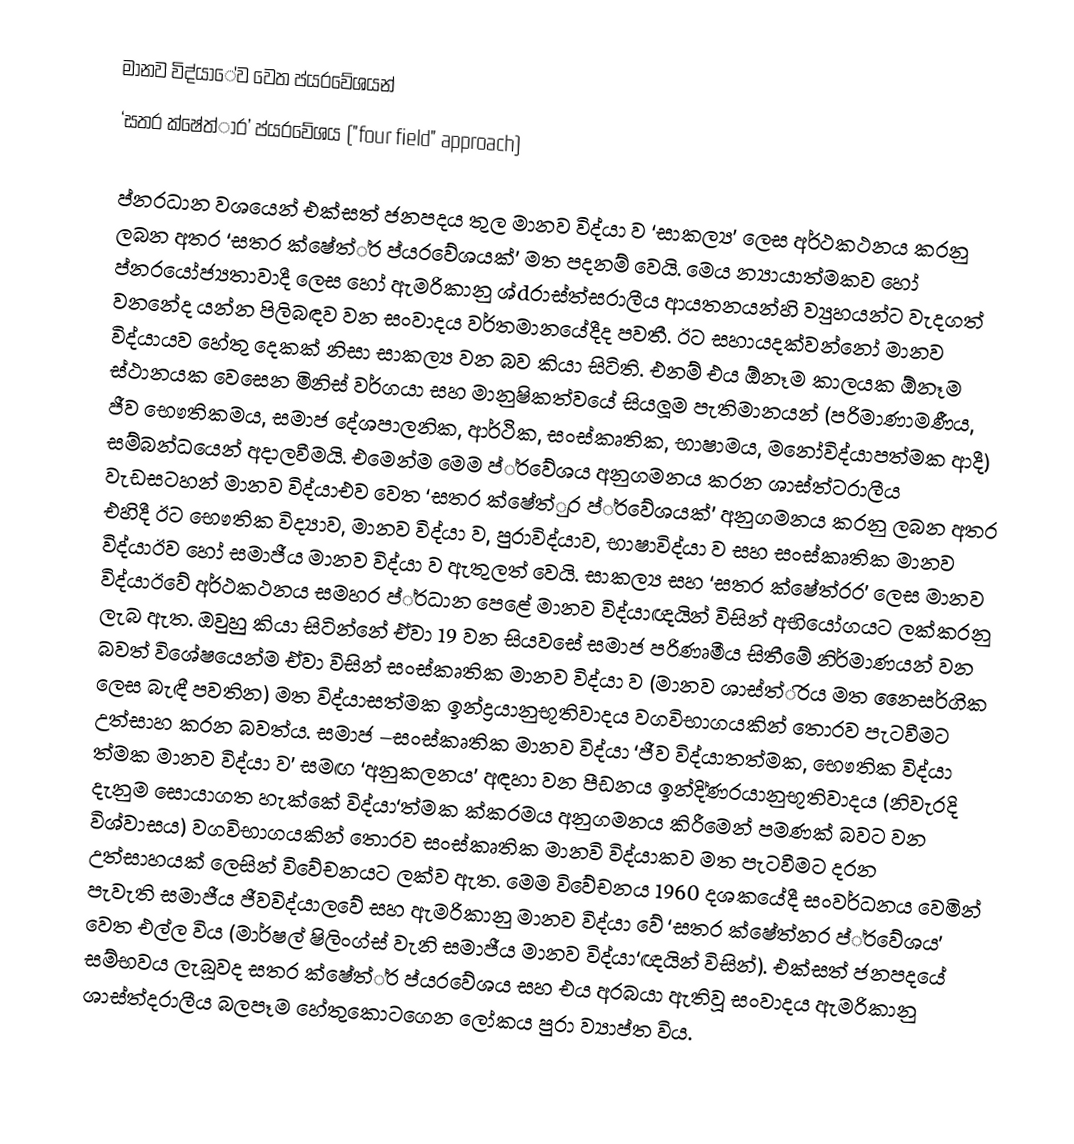
මානව විද්යාේව වෙත ප්ය‍රවේශයන්
‘සතර ක්ෂේත්ා‍ර’ ප්ය‍රවේශය ("four field" approach)

ප්න‍රධාන වශයෙන් එක්සත් ජනපදය තුල මානව විද්යා ව ‘සාකල්‍ය’ ලෙස අර්ථකථනය කරනු ලබන අතර ‘සතර ක්ෂේත්්‍ර ප්ය‍රවේශයක්’ මත පදනම් වෙයි. මෙය න්‍යායාත්මකව හෝ ප්න‍රයෝජ්‍යතාවාදී ලෙස හෝ ඇමරිකානු ශ්d‍රාස්ත්ස‍රාලීය ආයතනයන්හි ව්‍යුහයන්ට වැදගත් වනනේද යන්න පිලිබඳව වන සංවාදය වර්තමානයේදීද පවතී. ඊට සහායදක්වන්නෝ මානව විද්යායව හේතු දෙකක් නිසා සාකල්‍ය වන බව කියා සිටිති. එනම් එය  ඕනෑම කාලයක  ඕනෑම ස්ථානයක වෙසෙන මිනිස් වර්ගයා සහ මානුෂිකත්වයේ සියලූම පැතිමානයන් (පරිමාණාමණීය, ජීව භෞතිකමය, සමාජ දේශපාලනික, ආර්ථික, සංස්කෘතික, භාෂාමය, මනෝවිද්යාපත්මක ආදී) සම්බන්ධයෙන් අදාලවීමයි.  එමෙන්ම මෙම ප්්‍රවේශය අනුගමනය කරන ශාස්ත්ට‍රාලීය වැඩසටහන් මානව විද්යාඑව වෙත ‘සතර ක්ෂේත්ු‍ර ප්්‍රවේශයක්’ අනුගමනය කරනු ලබන අතර එහිදී ඊට භෞතික විද්‍යාව, මානව විද්යා ව, පුරාවිද්යා‍ව, භාෂාවිද්යා ව සහ සංස්කෘතික මානව විද්යාඊව හෝ සමාජීය මානව විද්යා ව ඇතුලත් වෙයි. සාකල්‍ය සහ ‘සතර ක්ෂේත්ර‍ර’ ලෙස මානව විද්යාඊවේ අර්ථකථනය සමහර ප්්‍රධාන පෙළේ මානව විද්යා‍ඥයින් විසින් අභියෝගයට ලක්කරනු ලැබ ඇත. ඔවුහු කියා සිටින්නේ ඒවා 19 වන සියවසේ සමාජ පරිණෘමීය සිතීමේ නිර්මාණයන් වන බවත් විශේෂයෙන්ම ඒවා විසින් සංස්කෘතික මානව විද්යා ව (මානව ශාස්ත්ි‍රය මත නෛසර්ගික ලෙස බැඳී පවතින) මත විද්යාසත්මක ඉන්ද්‍රයානුභූතිවාදය වගවිභාගයකින් තොරව පැටවීමට උත්සාහ කරන බවත්ය. සමාජ –සංස්කෘතික මානව විද්යා‍ ‘ජීව විද්යාතත්මක, භෞතික විද්යා ත්මක මානව විද්යා ව’ සමඟ ‘අනුකලනය’ අඳහා වන පීඩනය ඉන්දි්ණ‍රයානුභූතිවාදය (නිවැරදි දැනුම සොයාගත හැක්කේ විද්යා‘ත්මක ක්ක‍රමය අනුගමනය කිරීමෙන් පමණක් බවට වන විශ්වාසය) වගවිභාගයකින් තොරව සංස්කෘතික මානවි විද්යාකව මත පැටවීමට දරන උත්සාහයක් ලෙසින් විවේචනයට ලක්ව ඇත. මෙම විවේචනය 1960 දශකයේදී සංවර්ධනය වෙමින් පැවැති සමාජීය ජීවවිද්යාලවේ සහ ඇමරිකානු මානව විද්යා වේ ‘සතර ක්ෂේත්න‍ර ප්්‍රවේශය’ වෙත එල්ල විය (මාර්ෂල් ෂිලිංග්ස් වැනි සමාජීය මානව විද්යා‘ඥයින් විසින්). එක්සත් ජනපදයේ සම්භවය ලැබූවද සතර ක්ෂේත්්‍ර ප්ය‍රවේශය සහ එය අරබයා ඇතිවූ සංවාදය ඇමරිකානු ශාස්ත්ද‍රාලීය බලපෑම හේතුකොටගෙන ලෝකය පුරා ව්‍යාප්ත විය.